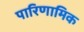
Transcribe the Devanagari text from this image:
पारिणामिक